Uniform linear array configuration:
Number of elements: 16
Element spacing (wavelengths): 0.5
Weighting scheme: kaiser
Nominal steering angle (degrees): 30
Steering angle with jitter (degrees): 31.532
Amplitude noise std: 0.05
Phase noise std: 0.05

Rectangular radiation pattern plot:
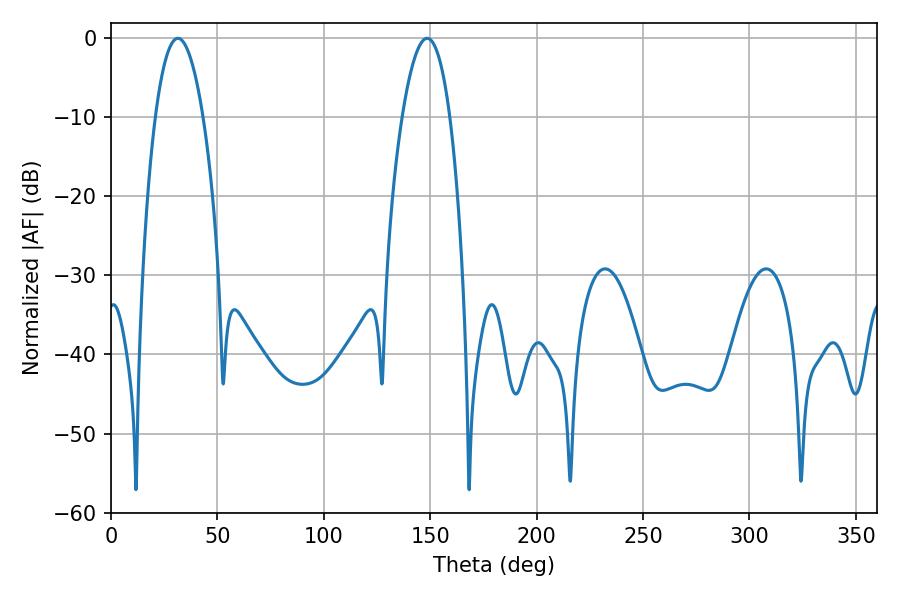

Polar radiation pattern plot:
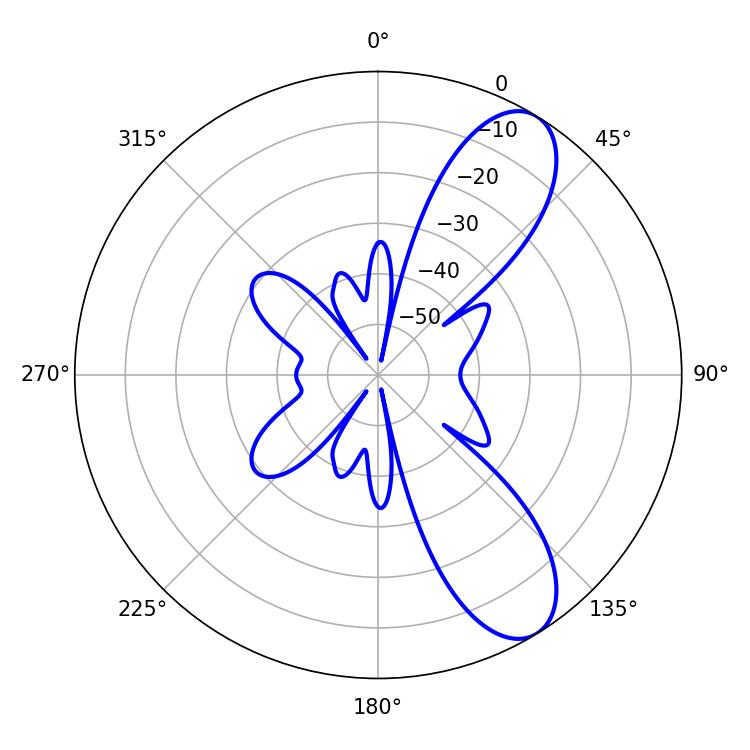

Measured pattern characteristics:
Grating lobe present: FALSE
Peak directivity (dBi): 9.167
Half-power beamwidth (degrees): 12.42
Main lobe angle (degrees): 31.5